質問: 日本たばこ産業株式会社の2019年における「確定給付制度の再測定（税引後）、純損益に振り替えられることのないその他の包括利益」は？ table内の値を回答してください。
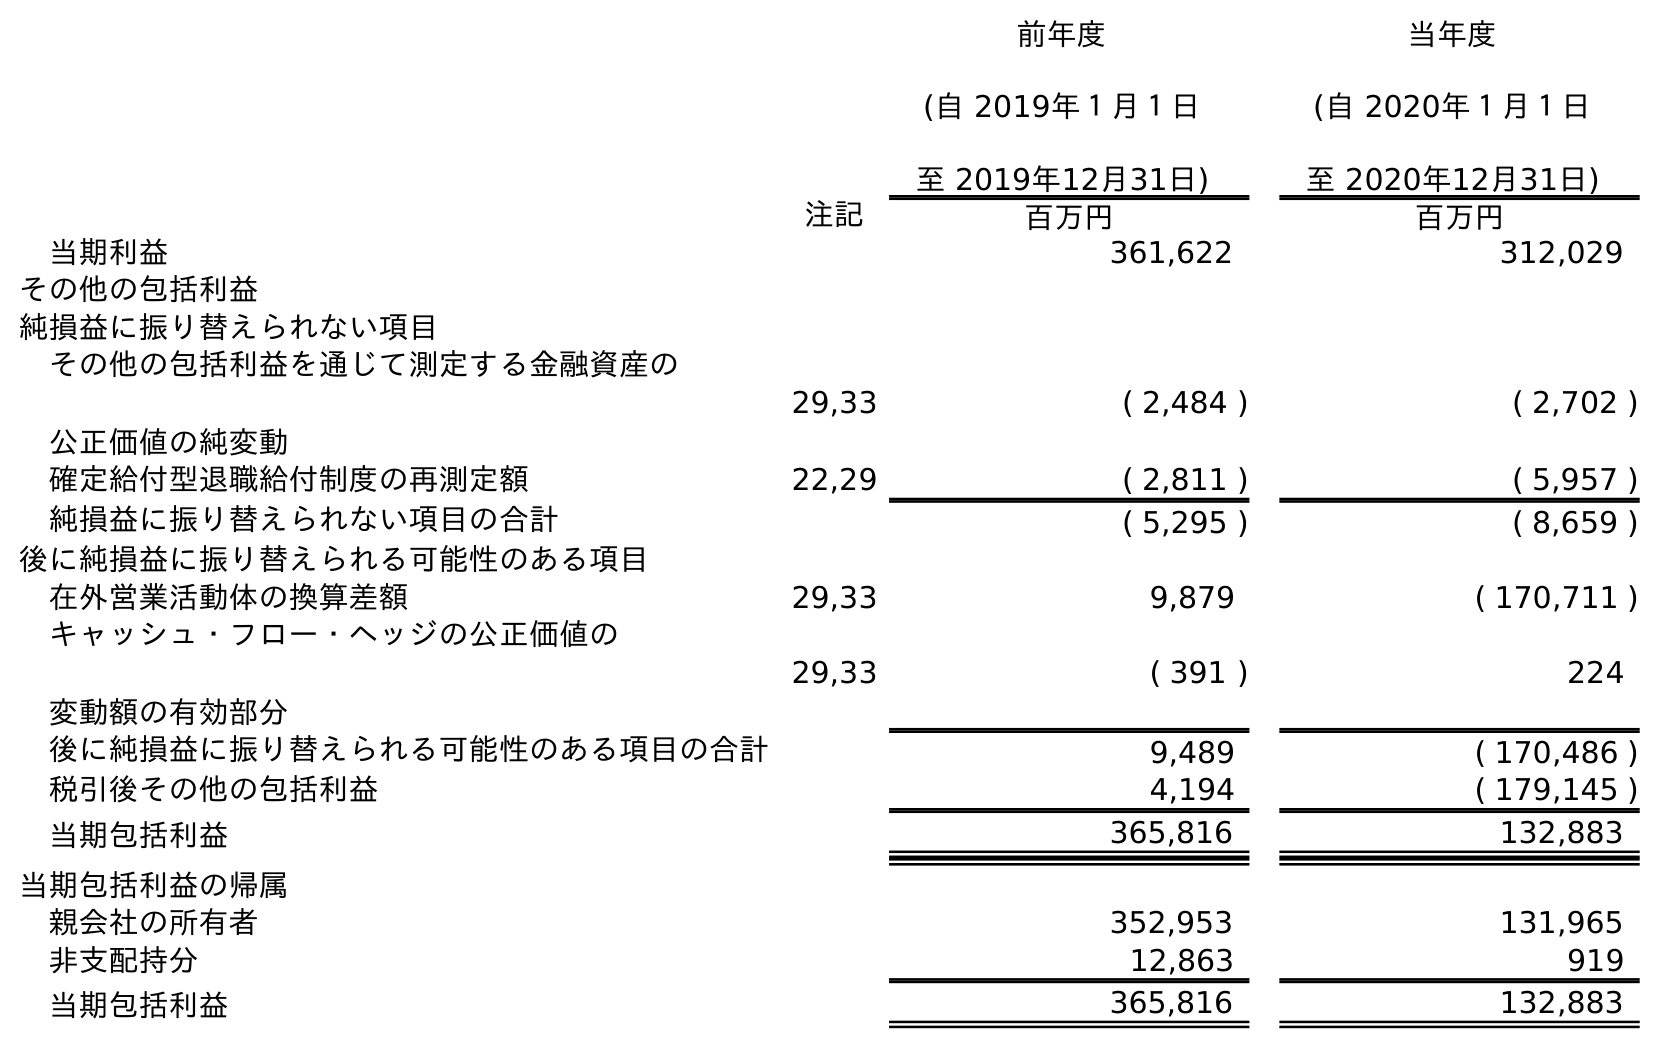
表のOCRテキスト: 前年度 (自 2019年１月１日 至 2019年12月31日) 当年度 (自 2020年１月１日 至 2020年12月31日) 注記 百万円 百万円 当期利益 361,622 312,029 その他の包括利益 純損益に振り替えられない項目 その他の包括利益を通じて測定する金融資産の 公正価値の純変動 29,33 ( 2,484 ) ( 2,702 ) 確定給付型退職給付制度の再測定額 22,29 ( 2,811 ) ( 5,957 ) 純損益に振り替えられない項目の合計 ( 5,295 ) ( 8,659 ) 後に純損益に振り替えられる可能性のある項目 在外営業活動体の換算差額 29,33 9,879 ( 170,711 ) キャッシュ・フロー・ヘッジの公正価値の 変動額の有効部分 29,33 ( 391 ) 224 後に純損益に振り替えられる可能性のある項目の合計 9,489 ( 170,486 ) 税引後その他の包括利益 4,194 ( 179,145 ) 当期包括利益 365,816 132,883 当期包括利益の帰属 親会社の所有者 352,953 131,965 非支配持分 12,863 919 当期包括利益 365,816 132,883
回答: (2,811)